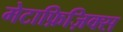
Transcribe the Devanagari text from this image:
मेटाफ़िज़िक्स